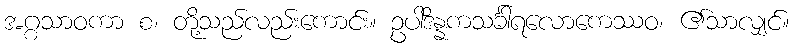
အဂ္ဂသာဝကာ စ၊ တို့သည်လည်းကောင်း။ ဥပါဒိန္နကသင်္ခါရလောကေဿဝ၊ ၏သာလျှင်။